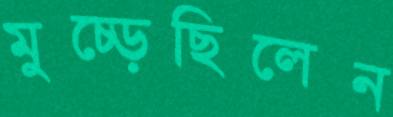
মুচ্‌ড়েছিলেন